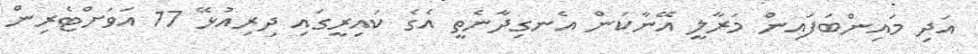
އަދި މައިންބަފައިން މަރާލީ އޭނާކަން އެނގިދާނެތީ އެގެ ކައިރީގައި ދިރިއުޅޭ 17 އަވަށްޓެރިން